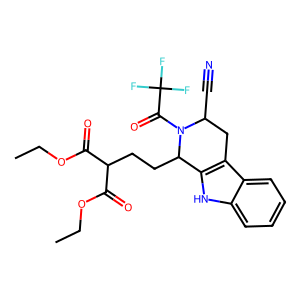
SMILES: CCOC(=O)C(CCC1c2[nH]c3ccccc3c2CC(C#N)N1C(=O)C(F)(F)F)C(=O)OCC
Inhibits HIV replication: No